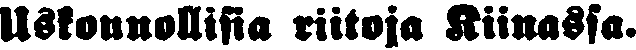
Uskonnollisia riitoja Kiinassa.